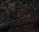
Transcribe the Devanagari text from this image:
तिक्डं